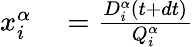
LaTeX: \begin{array}{rl}{x_{i}^{\alpha}}&{{}=\frac{D_{i}^{\alpha}(t+dt)}{Q_{i}^{\alpha}}}\end{array}